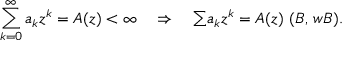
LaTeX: \sum _ { k = 0 } ^ { \infty } a _ { k } z ^ { k } = A ( z ) < \infty \quad \Rightarrow \quad { \textstyle \sum } a _ { k } z ^ { k } = A ( z ) \, \, ( \boldsymbol { B } , \, \boldsymbol { w B } ) .